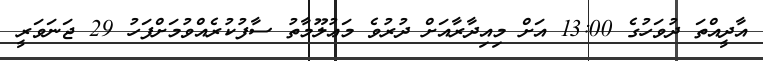
އާދީއްތަ ދުވަހުގެ 13:00 އަށް މިއިދާރާއަށް ދުރުވެ މަޢުލޫމާތު ސާފުކުރެއްވުމަށްފަހު 29 ޖަނަވަރީ